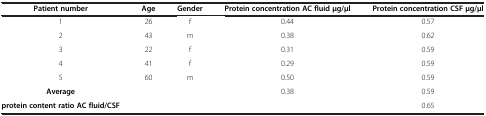
<table><thead><tr><td><b>Patient number</b></td><td><b>Age</b></td><td><b>Gender</b></td><td><b>Protein concentration AC fluid μg/μl</b></td><td><b>Protein concentration CSF μg/μl</b></td></tr></thead><tbody><tr><td>1</td><td>26</td><td>f</td><td>0.44</td><td>0.57</td></tr><tr><td>2</td><td>43</td><td>m</td><td>0.38</td><td>0.62</td></tr><tr><td>3</td><td>22</td><td>f</td><td>0.31</td><td>0.59</td></tr><tr><td>4</td><td>41</td><td>f</td><td>0.29</td><td>0.59</td></tr><tr><td>5</td><td>60</td><td>m</td><td>0.50</td><td>0.59</td></tr><tr><td><b>Average</b></td><td> </td><td> </td><td>0.38</td><td>0.59</td></tr><tr><td><b>protein content ratio AC fluid/CSF</b></td><td> </td><td> </td><td> </td><td>0.65</td></tr></tbody></table>